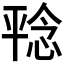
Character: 𪪆